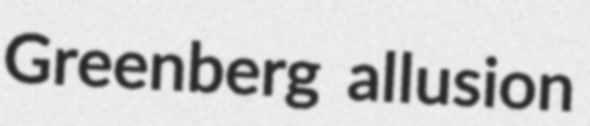
Greenberg allusion